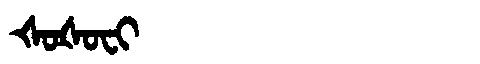
Manchu: ᡧᠣᡧᠣᠸᡳ
Romanization: ŠOŠOFI